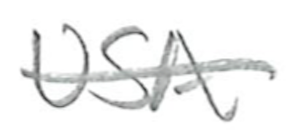
Text: USA
Cross-out: single-line
Writing tool: pencil